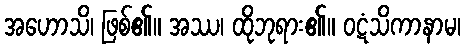
အဟောသိ၊ ဖြစ်၏။ အဿ၊ ထိုဘုရား၏။ ဝဋံသိကာနာမ၊